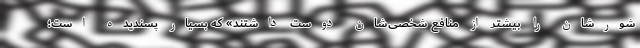
شورشان را بیشتر از منافع شخصی‌شان دوست داشتند» که بسیار پسندیده است؛